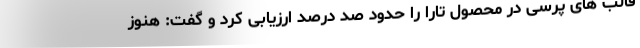
قالب های پرسی در محصول تارا را حدود صد درصد ارزیابی کرد و گفت: هنوز